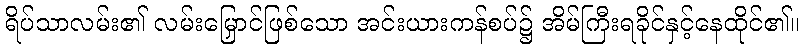
ရိပ်သာလမ်း၏ လမ်းမြှောင်ဖြစ်သော အင်းယားကန်စပ်၌ အိမ်ကြီးရခိုင်နှင့်နေထိုင်၏။